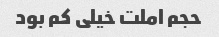
حجم املت خیلی کم بود